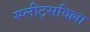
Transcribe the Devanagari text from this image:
स्प्लीट्सविल्ला